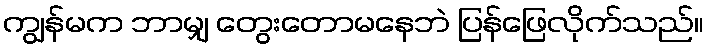
ကျွန်မက ဘာမျှ တွေးတောမနေဘဲ ပြန်ဖြေလိုက်သည်။